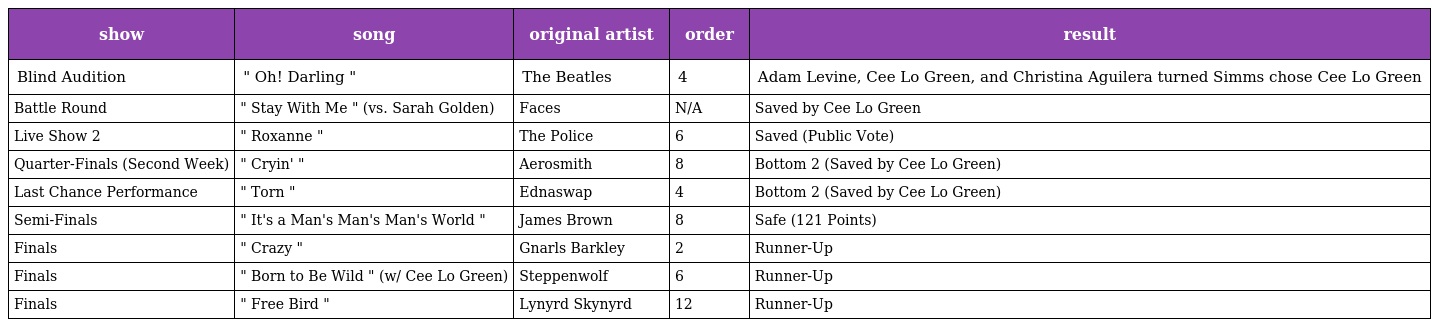
| show | song | original artist | order | result |
 | --- | --- | --- | --- | --- |
 | Blind Audition | " Oh! Darling " | The Beatles | 4 | Adam Levine, Cee Lo Green, and Christina Aguilera turned Simms chose Cee Lo Green |
 | Battle Round | " Stay With Me " (vs. Sarah Golden) | Faces | N/A | Saved by Cee Lo Green |
 | Live Show 2 | " Roxanne " | The Police | 6 | Saved (Public Vote) |
 | Quarter-Finals (Second Week) | " Cryin' " | Aerosmith | 8 | Bottom 2 (Saved by Cee Lo Green) |
 | Last Chance Performance | " Torn " | Ednaswap | 4 | Bottom 2 (Saved by Cee Lo Green) |
 | Semi-Finals | " It's a Man's Man's Man's World " | James Brown | 8 | Safe (121 Points) |
 | Finals | " Crazy " | Gnarls Barkley | 2 | Runner-Up |
 | Finals | " Born to Be Wild " (w/ Cee Lo Green) | Steppenwolf | 6 | Runner-Up |
 | Finals | " Free Bird " | Lynyrd Skynyrd | 12 | Runner-Up |